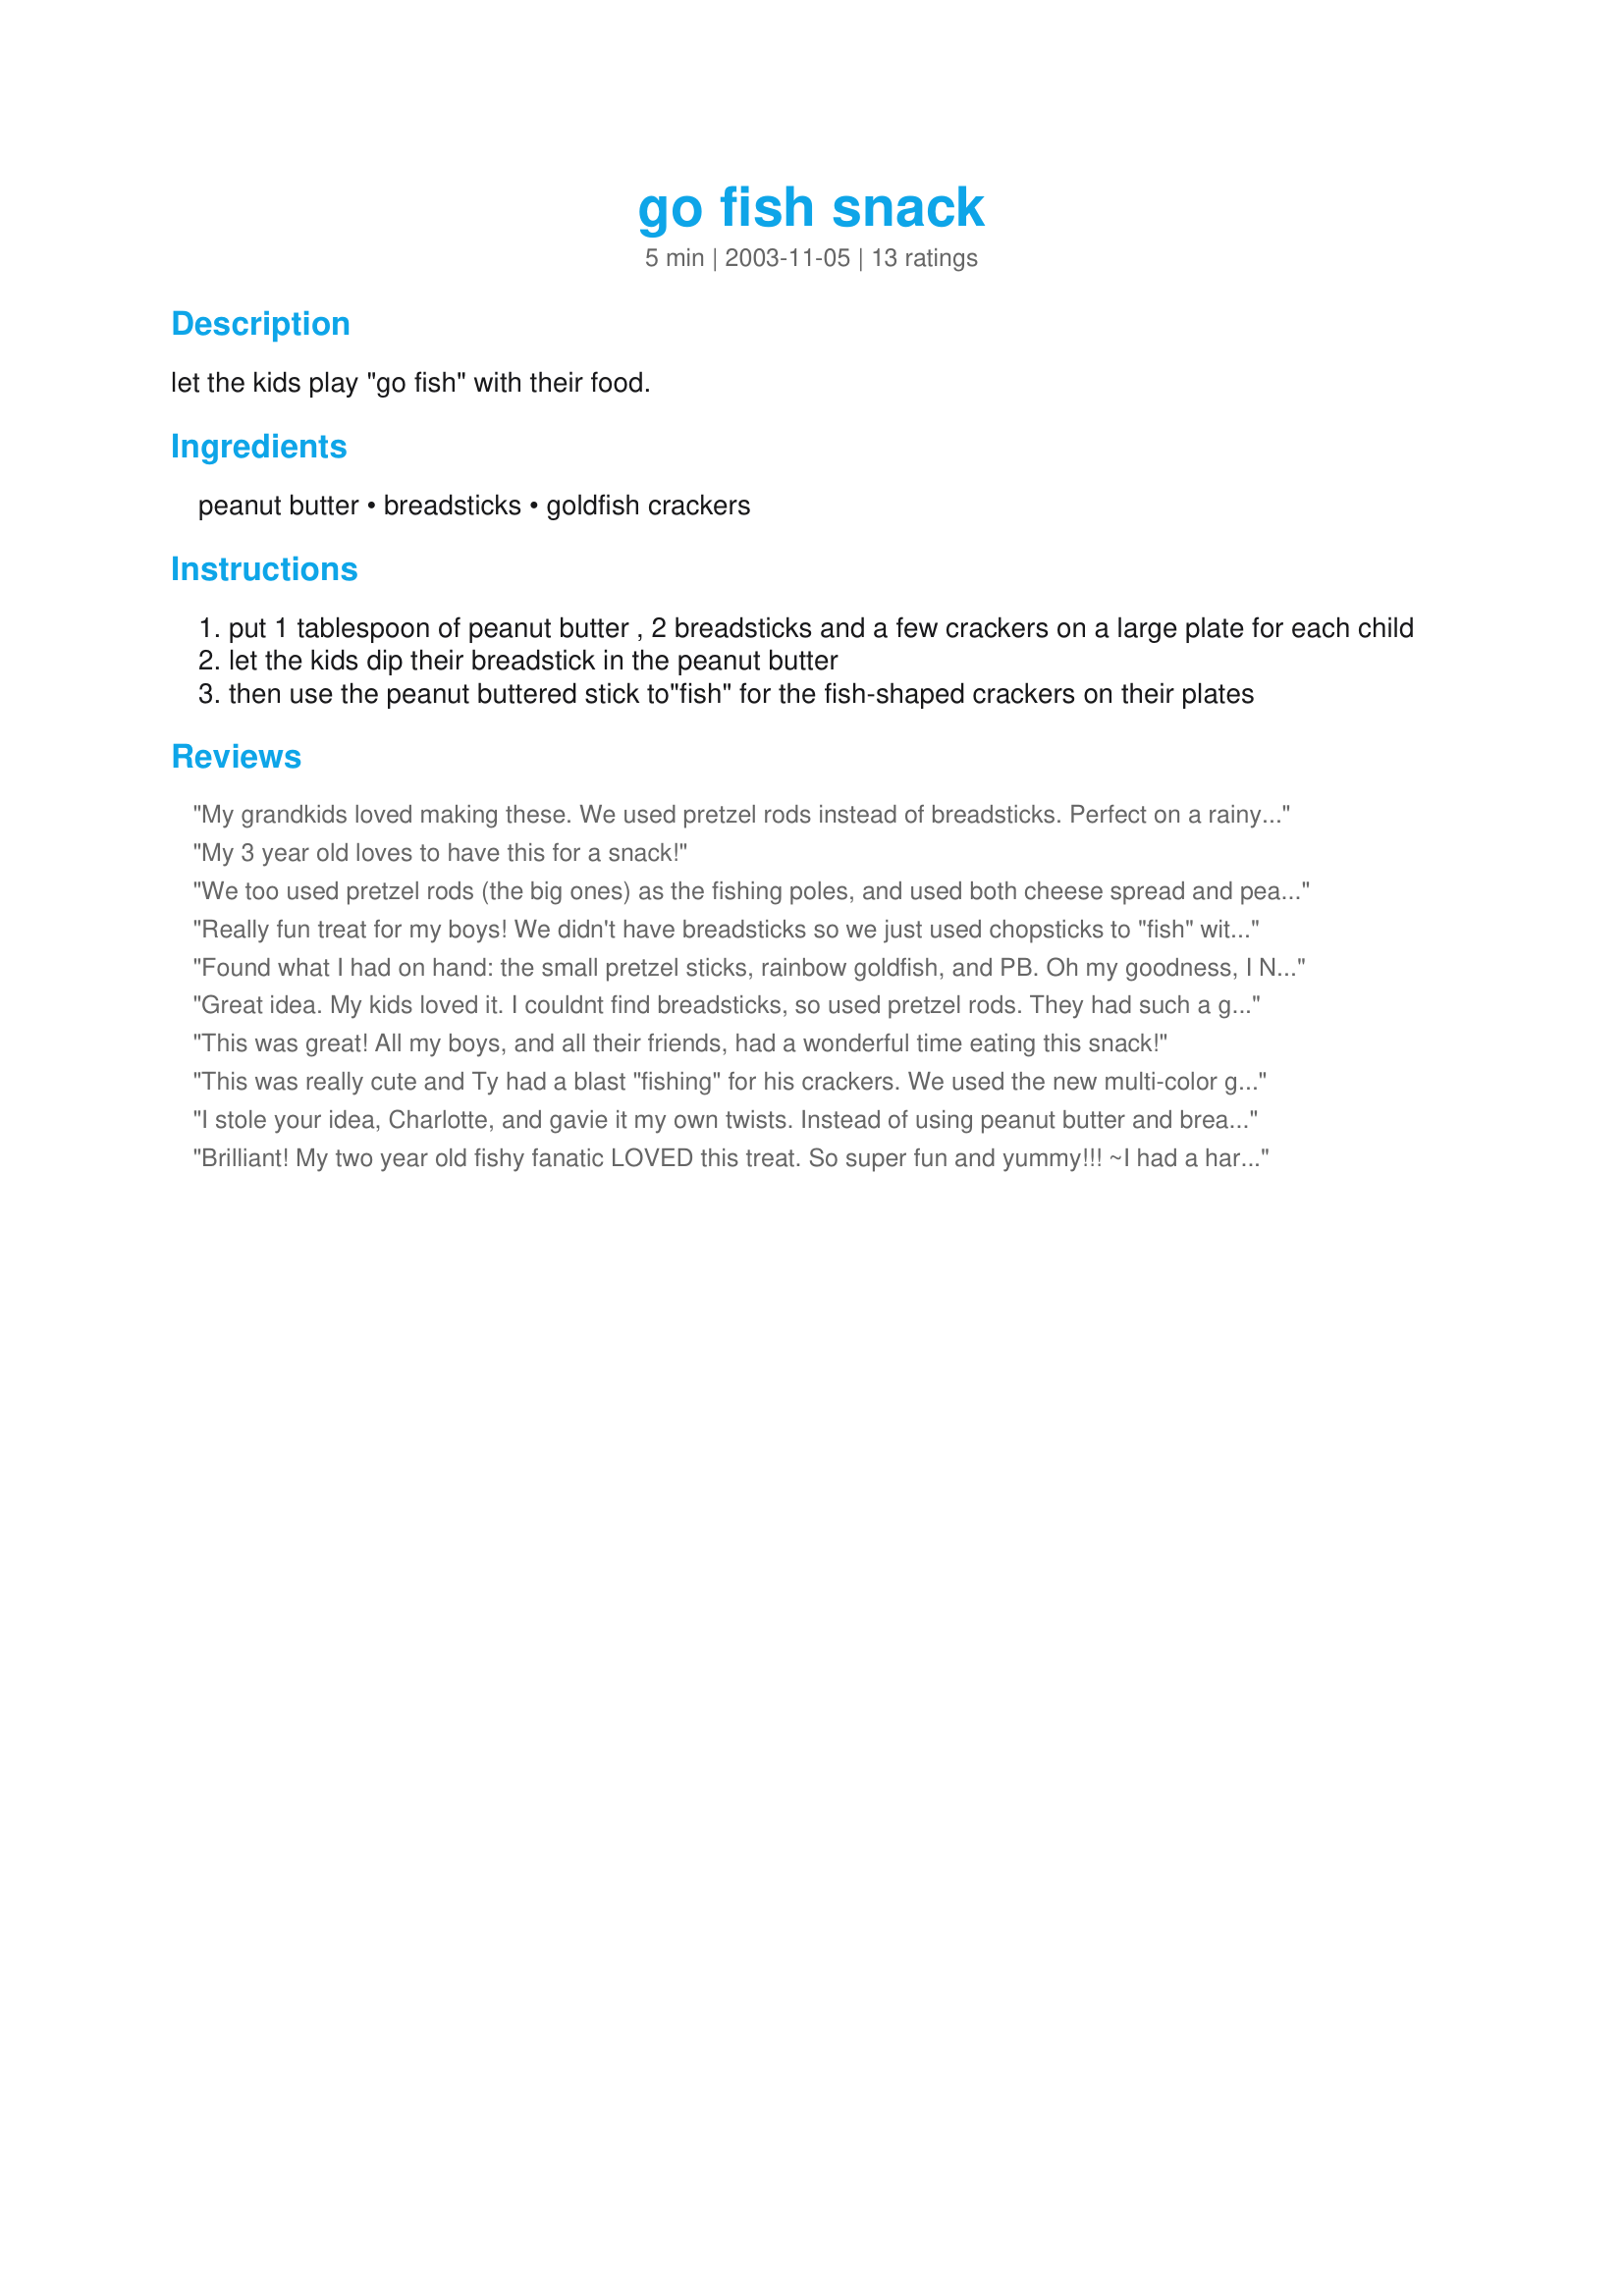
go fish snack
Preparation time: 5 minutes

let the kids play "go fish" with their food.

Ingredients:
peanut butter, breadsticks, goldfish crackers

Steps:
put 1 tablespoon of peanut butter , 2 breadsticks and a few crackers on a large plate for each child
let the kids dip their breadstick in the peanut butter
then use the peanut buttered stick to"fish" for the fish-shaped crackers on their plates

Reviews:
My grandkids loved making these. We used pretzel rods instead of breadsticks. Perfect on a rainy afternoon.
My 3 year old loves to have this for a snack!
We too used pretzel rods (the big ones) as the fishing poles, and used both cheese spread and peanut butter for dipping. Dd really enjoyed this and says the peanut butter is better than the cheese for taste and for catching the fish. Thanks Charlotte for a fun snack.
Really fun treat for my boys! We didn't have breadsticks so we just used chopsticks to "fish" with. Thanks for posting!
Found what I had on hand: the small pretzel sticks, rainbow goldfish, and PB. Oh my goodness, I NEVER thought to do this. It's such a cute idea! My youngest was at the table for about 1 1/2 hours just playing and playing. Both kiddos now ask for their fishing snack. Thank you for posting such an awesome idea!!
Great idea. My kids loved it. I couldnt find breadsticks, so used pretzel rods. They had such a great time fishing and eating!
Thanks for a great idea.
This was great! All my boys, and all their friends, had a wonderful time eating this snack!
This was really cute and Ty had a blast "fishing" for his crackers. We used the new multi-color goldfish and he told me EVERY color he fished out (over and over! LOL)! Thanks for a cute recipe and for the Saturday afternoon smile!
I stole your idea, Charlotte, and gavie it my own twists. Instead of using peanut butter and breadsticks, I used squirt cheese and pretzel rods. It was a hit with last year's preschool class and this year's kindergarten class. The kids have a ball eating it and the teachers are charmed by it. Thank you so much for this fun recipe.
Brilliant! My two year old fishy fanatic LOVED this treat. So super fun and yummy!!! ~I had a hard time finding breadsticks that weren't garlic flavored so we used long pretzel sticks. Thanks for sharing!
After saving this recipe years ago I finally did this for my youngest today. She loved it! She had so much fun fishing!
Fantastic! My son has been doing this with pretzel sticks, PB and mini marshmallows and sometimes mini chocolate chips. He loved it when I sat out the goldfish crackers. Thanks for sharing!
This is GREAT...I wish I knew about this 3 kids ago (LOL!) My husband had just as much fun fishing as my 16 month old !!!! THANKS
